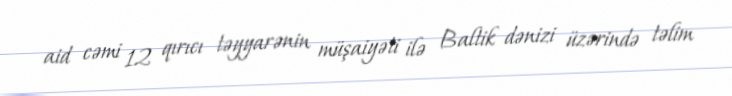
aid cəmi 12 qırıcı təyyarənin müşaiyəti ilə Baltik dənizi üzərində təlim